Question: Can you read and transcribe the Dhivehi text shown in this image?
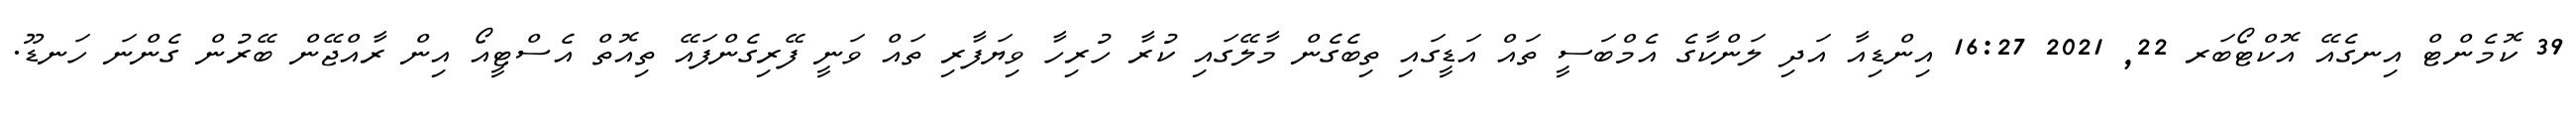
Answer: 39 ކޮމެންޓް އިނގެއޭ އޮކްޓޯބަރ 22, 2021 16:27 އިންޑިއާ އަދި ލަންކާގެ އެމްބަސީ ތައް އަޑީގައި ތިބެގެން މާލޭގައި ކުރާ ހުރިހާ ވިޔަފާރި ތައް ވަނީ ފޭރިގެންފައޭ ތިއޮތް އެސްޓީއޯ އިން ރާއްޖޭން ބޭރުން ގެންނަ ހަނޑޫ.